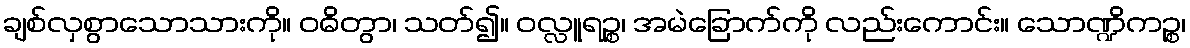
ချစ်လှစွာသောသားကို။ ဝဓိတွာ၊ သတ်၍။ ဝလ္လူရဉ္စ၊ အမဲခြောက်ကို လည်းကောင်း။ သောဏ္ဍိကဉ္စ၊